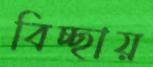
বিচ্ছায়